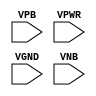
module sky130_fd_sc_hd__fill (
    //# {{power|Power}}
    input VPB ,
    input VPWR,
    input VGND,
    input VNB
);
endmodule